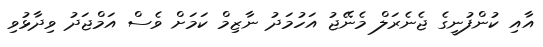
އާއި ކުންފުނީގެ ޖެނެރަލް މެނޭޖު އަހުމަދު ނާޒިމް ކަމަށް ވެސް އަމްޖަދު ވިދާޅުވި